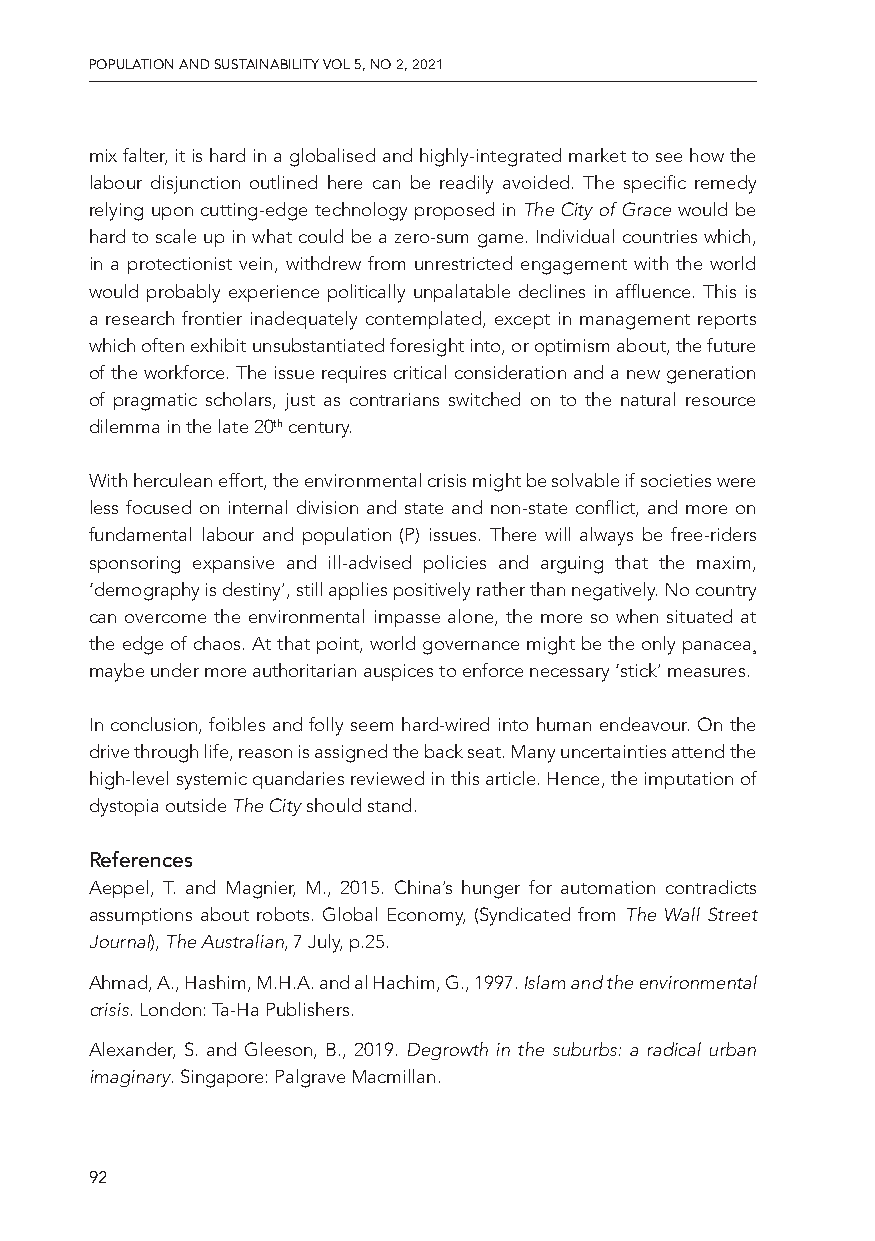
POPULATION AND SUSTAINABILITY VOL 5, NO 2, 2021
 mix falter, it is hard in a globalised and highly-integrated market to see how the
 labour disjunction outlined here can be readily avoided. The specific remedy
 relying upon cutting-edge technology proposed in The City of Grace would be
 hard to scale up in what could be a zero-sum game. Individual countries which,
 in a protectionist vein, withdrew from unrestricted engagement with the world
 would probably experience politically unpalatable declines in affluence. This is
 a research frontier inadequately contemplated, except in management reports
 which often exhibit unsubstantiated foresight into, or optimism about, the future
 of the workforce. The issue requires critical consideration and a new generation
 of pragmatic scholars, just as contrarians switched on to the natural resource
 dilemma in the late 20th century.
 With herculean effort, the environmental crisis might be solvable if societies were
 less focused on internal division and state and non-state conflict, and more on
 fundamental labour and population (P) issues. There will always be free-riders
 sponsoring expansive and ill-advised policies and arguing that the maxim,
 ‘demography is destiny’, still applies positively rather than negatively. No country
 can overcome the environmental impasse alone, the more so when situated at
 the edge of chaos. At that point, world governance might be the only panacea¸
 maybe under more authoritarian auspices to enforce necessary ‘stick’ measures.
 In conclusion, foibles and folly seem hard-wired into human endeavour. On the
 drive through life, reason is assigned the back seat. Many uncertainties attend the
 high-level systemic quandaries reviewed in this article. Hence, the imputation of
 dystopia outside The City should stand.
 References
 Aeppel, T. and Magnier, M., 2015. China’s hunger for automation contradicts
 assumptions about robots. Global Economy, (Syndicated from The Wall Street
 Journal), The Australian, 7 July, p.25.
 Ahmad, A., Hashim, M.H.A. and al Hachim, G., 1997. Islam and the environmental
 crisis. London: Ta-Ha Publishers.
 Alexander, S. and Gleeson, B., 2019. Degrowth in the suburbs: a radical urban
 imaginary. Singapore: Palgrave Macmillan.
 92